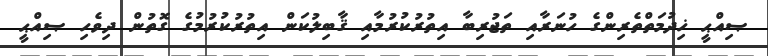
ޞިއްޙީ ޚިދުމަތްތެރިންގެ ހުނަރާއި ތަޖުރިބާ އިތުރުކުރުމާއި ޤާބިލުކަން އިތުރުކުރުމުގެ ގޮތުން ދިވެހި ޞިއްޙީ